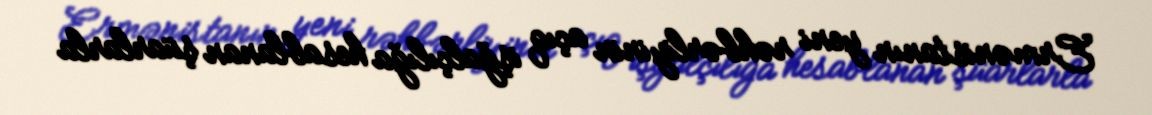
Ermənistanın yeni rəhbərliyinin açıq işğalçılığa hesablanan şüarlarla